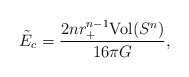
\begin{align*}\tilde E_c =\frac{2n r_+^{n-1}\mbox{Vol}(S^n)}{16\pi G},\end{align*}